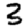
Digit: 3